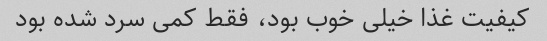
کیفیت غذا خیلی خوب بود، فقط کمی سرد شده بود